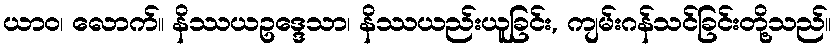
ယာဝ၊ လောက်။ နိဿယဥဒ္ဒေသာ၊ နိဿယည်းယူခြင်း, ကျမ်းဂန်သင်ခြင်းတို့သည်။